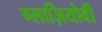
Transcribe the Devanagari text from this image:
ग्लाज़ियोवी